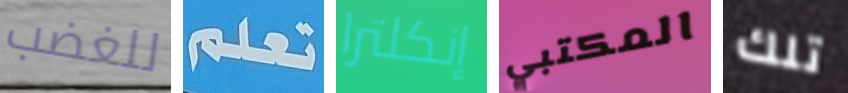
للغضب تعلم إنكلترا المكتبي تلك